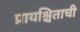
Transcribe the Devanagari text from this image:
प्रायश्चिताची